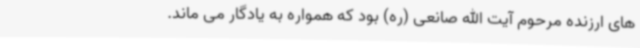
های ارزنده مرحوم آیت الله صانعی (ره) بود که همواره به یادگار می ماند.